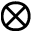
\otimes